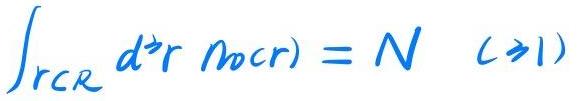
\[ \int_{r \subset \mathcal{R}} d^3 r n_0(\mathbf{r}) = N \quad (\mathcal{R} \gg 1) \]